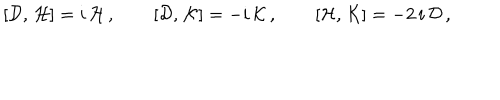
[ { \cal D } , \, { \cal H } ] = i \, { \cal H } \, , \qquad [ { \cal D } , \, { \cal K } ] = - i \, { \cal K } \, , \qquad [ { \cal H } , \, { \cal K } ] = - 2 \, i \, { \cal D } \, ,